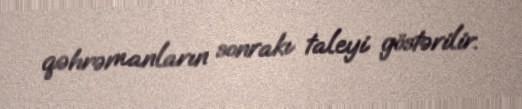
qəhrəmanların sonrakı taleyi göstərilir.